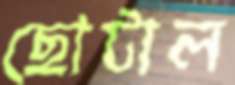
ছোটাল